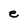
Character: e